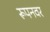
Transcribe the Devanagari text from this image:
रूपनवर